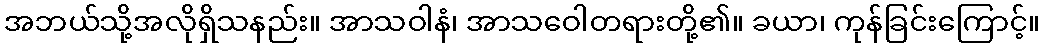
အဘယ်သို့အလိုရှိသနည်း။ အာသဝါနံ၊ အာသဝေါတရားတို့၏။ ခယာ၊ ကုန်ခြင်းကြောင့်။